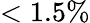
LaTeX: <1.5\%